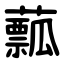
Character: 䕯